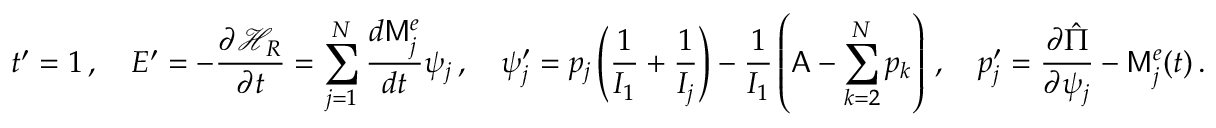
t ^ { \prime } = 1 \, , \quad E ^ { \prime } = - \frac { \partial \mathcal { H } _ { R } } { \partial t } = \sum _ { j = 1 } ^ { N } \frac { d \mathsf { M } _ { j } ^ { e } } { d t } \psi _ { j } \, , \quad \psi _ { j } ^ { \prime } = p _ { j } \left( \frac { 1 } { I _ { 1 } } + \frac { 1 } { I _ { j } } \right) - \frac { 1 } { I _ { 1 } } \left( \mathsf { A } - \sum _ { k = 2 } ^ { N } p _ { k } \right) \, , \quad p _ { j } ^ { \prime } = \frac { \partial \hat { \Pi } } { \partial \psi _ { j } } - \mathsf { M } _ { j } ^ { e } ( t ) \, .